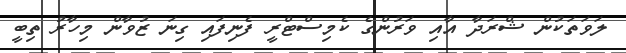
ލަވަތަކުން ޝްރަދާ އާއި ވަރުންގެ ކެމިސްޓްރީ ފެނިފައި ގިނަ ޒުވާން މިހާރު ތިބީ